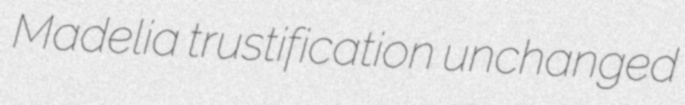
Madelia trustification unchanged